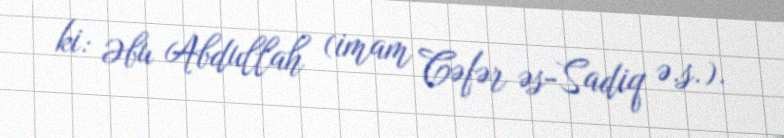
ki: Əbu Abdullah (imam Cəfər əs-Sadiq ə.s.).